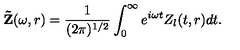
{ \bf \tilde { Z } } ( \omega , r ) = \frac { 1 } { ( 2 \pi ) ^ { 1 / 2 } } \int _ { 0 } ^ { \infty } e ^ { i \omega t } Z _ { l } ( t , r ) d t .